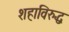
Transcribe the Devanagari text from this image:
शहाविरुद्ध